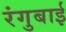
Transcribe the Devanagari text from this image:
रंगुबाई